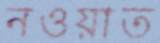
নওয়াত